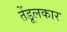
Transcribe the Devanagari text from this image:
तेंडूलकार